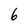
Character: 6